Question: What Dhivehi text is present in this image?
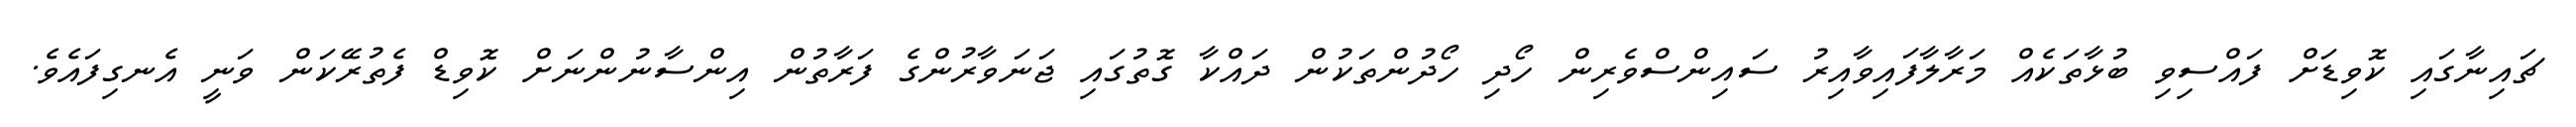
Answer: ޗައިނާގައި ކޮވިޑަށް ފައްސިވި ބުޅާތަކެއް މަރާލާފައިވާއިރު ސައިންސްވެރިން ހޯދި ހޯދުންތަކުން ދައްކާ ގޮތުގައި ޖަނަވާރުންގެ ފަރާތުން އިންސާނުންނަށް ކޮވިޑް ފެތުރޭކަން ވަނީ އެނގިފައެވެ.